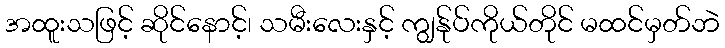
အထူးသဖြင့် ဆိုင်နောင့်၊ သမီးလေးနှင့် ကျွန်ုပ်ကိုယ်တိုင် မထင်မှတ်ဘဲ